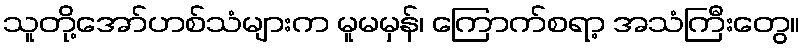
သူတို့အော်ဟစ်သံများက မူမမှန်၊ ကြောက်စရာ့ အသံကြီးတွေ။